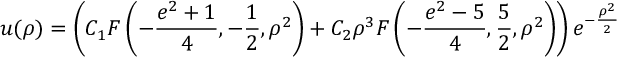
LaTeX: u ( \rho ) = \left( C _ { 1 } F \left( - \frac { e ^ { 2 } + 1 } { 4 } , - \frac { 1 } { 2 } , \rho ^ { 2 } \right) + C _ { 2 } \rho ^ { 3 } F \left( - \frac { e ^ { 2 } - 5 } { 4 } , \frac { 5 } { 2 } , \rho ^ { 2 } \right) \right) e ^ { - \frac { \rho ^ { 2 } } { 2 } }